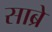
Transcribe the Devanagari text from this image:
साब्रे